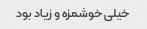
خیلی خوشمزه و زیاد بود